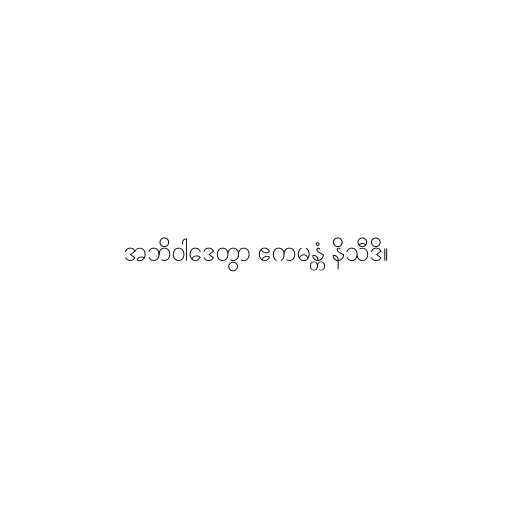
အဘိဝါဒေတွာ ဧကမန္တံ နိသီဒိ။